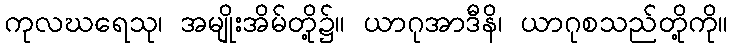
ကုလဃရေသု၊ အမျိုးအိမ်တို့၌။ ယာဂုအာဒီနိ၊ ယာဂုစသည်တို့ကို။